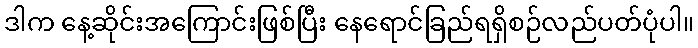
ဒါက နေ့ဆိုင်းအကြောင်းဖြစ်ပြီး နေရောင်ခြည်ရရှိစဉ်လည်ပတ်ပုံပါ။